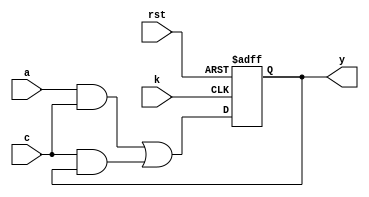
module clb_cf(
	input a,
	input c,
	input k,
	input rst,
	output y
);

	wire f;
	reg q;
	
	assign f = a & c | c & q;
	
	always @(posedge k, negedge rst) begin
		if (rst == 1'b0) begin
			q <= 1'b0;
		end else begin
			q <= f;
		end
	end
	
	assign y = q;

endmodule